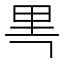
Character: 𰼘